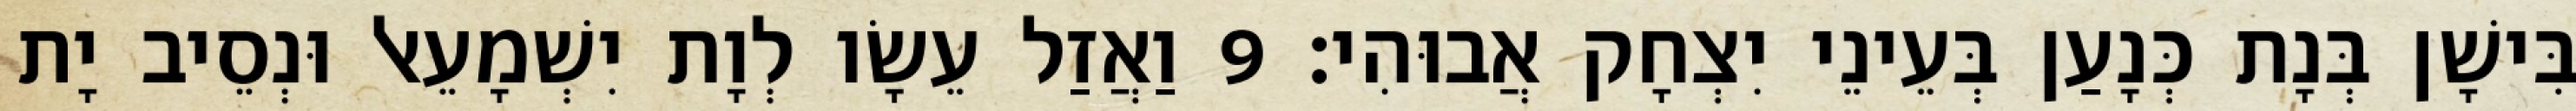
בִּישָׁן בְּנָת כְּנָעַן בְּעֵינֵי יִצְחָק אֲבוּהִי׃ 9 וַאֲזַל עֵשָׂו לְוָת יִשְׁמָעֵאל וּנְסֵיב יָת